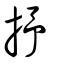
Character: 抒